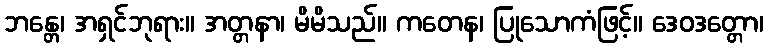
ဘန္တေ၊ အရှင်ဘုရား။ အတ္တနာ၊ မိမိသည်။ ကတေန၊ ပြုသောကံဖြင့်။ ဒေဝဒတ္တော၊